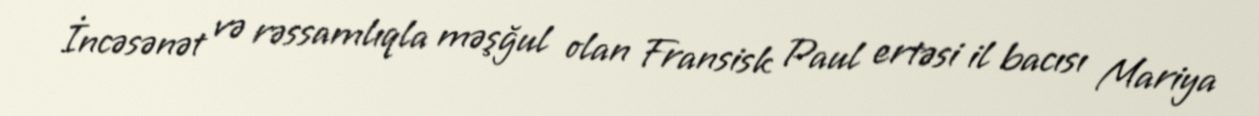
İncəsənət və rəssamlıqla məşğul olan Fransisk Paul ertəsi il bacısı Mariya